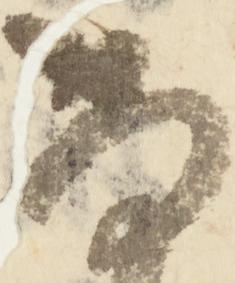
尚